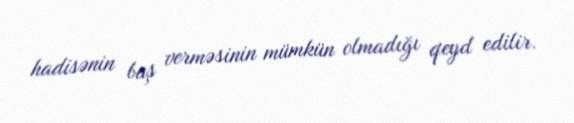
hadisənin baş verməsinin mümkün olmadığı qeyd edilir.